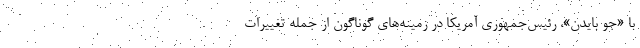
با «جو بایدن»، رئیس‌جمهوری آمریکا در زمینه‌های گوناگون از جمله تغییرات